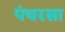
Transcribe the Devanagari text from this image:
पंचरसा